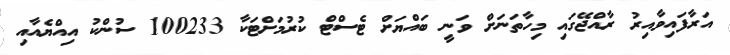
އަރާފައިވާއިރު ރާއްޖޭގައި މިހާތަނަށް ވަނީ ބައްޔަށް ޓެސްޓް ކުރުމަށްޓަކާ 100233 ސުންކު އިއްޔެއާއި